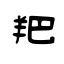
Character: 羓